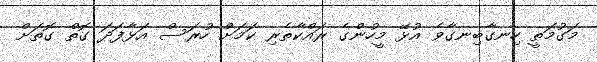
މަގުމަތީ ހިނގާބިނގާވެ އުޅޭ މީހުންގެ ރައްކާތެރި ކަމަށް ހުރަސް އަޅާފަދަ ގޮތް ގޮތަށް